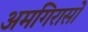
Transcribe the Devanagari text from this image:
अमगिरासों